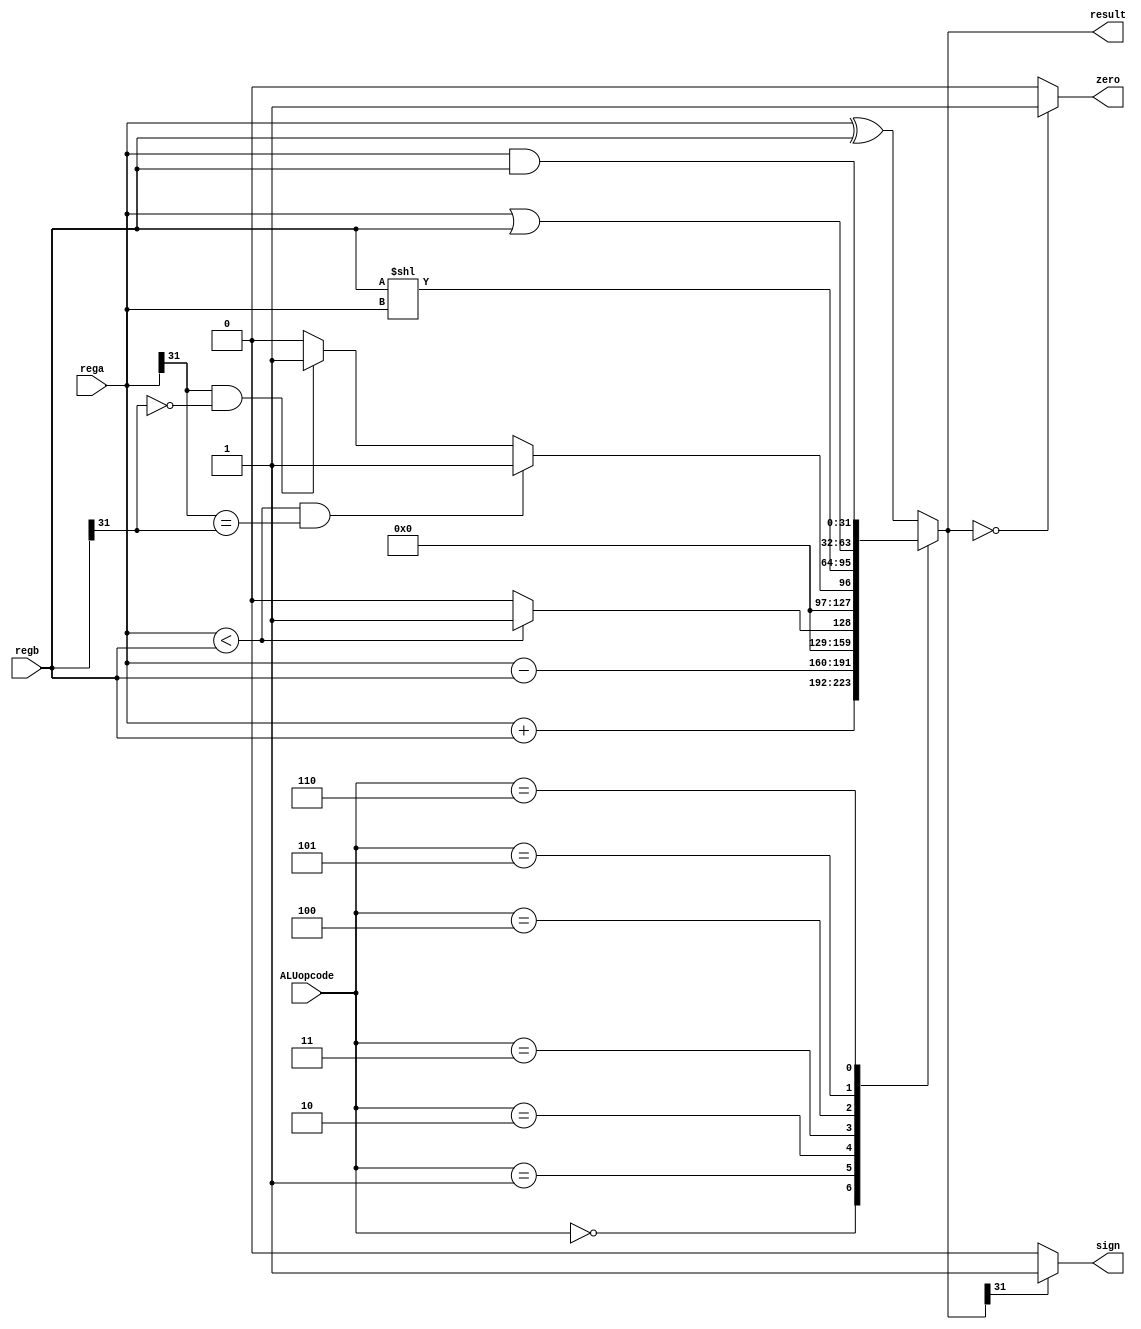
`timescale 1ns / 1ps
//////////////////////////////////////////////////////////////////////////////////
// Company: 
// Engineer: 
// 
// Design Name: 
// Module Name: ALU32
// Project Name: 
// Target Devices: 
// Tool Versions: 
// Description: 
// 
// Dependencies: 
// 
// Revision:
// Revision 0.01 - File Created
// Additional Comments:
// 
//////////////////////////////////////////////////////////////////////////////////


module ALU32(
    input[2:0] ALUopcode,
    input[31:0] rega,
    input[31:0] regb,
    output reg[31:0] result,
    output zero,
    output sign
    );
    assign zero = (result == 0)?1:0;
    assign sign = (result[31]==0)?0:1;   //sign
    always@(ALUopcode or rega or regb)
    begin
       case(ALUopcode)
       3'b000:result = rega + regb;
       3'b001:result = rega - regb;
       3'b010: result = (rega < regb)?1:0;
       3'b011: 
       begin // 
            if(rega < regb && (rega[31] == regb[31]))result <= 1;
            else if (rega[31] == 1 && regb[31] == 0) result <= 1;
             else result = 0;
       end
       3'b100:result = (regb << rega);
       3'b101:result = rega | regb;
       3'b110:result = rega & regb;
       default:result = rega ^ regb;
       endcase
    end
endmodule